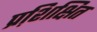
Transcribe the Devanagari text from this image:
प्रशि़क्षित